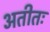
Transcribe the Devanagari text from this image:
अतीतः